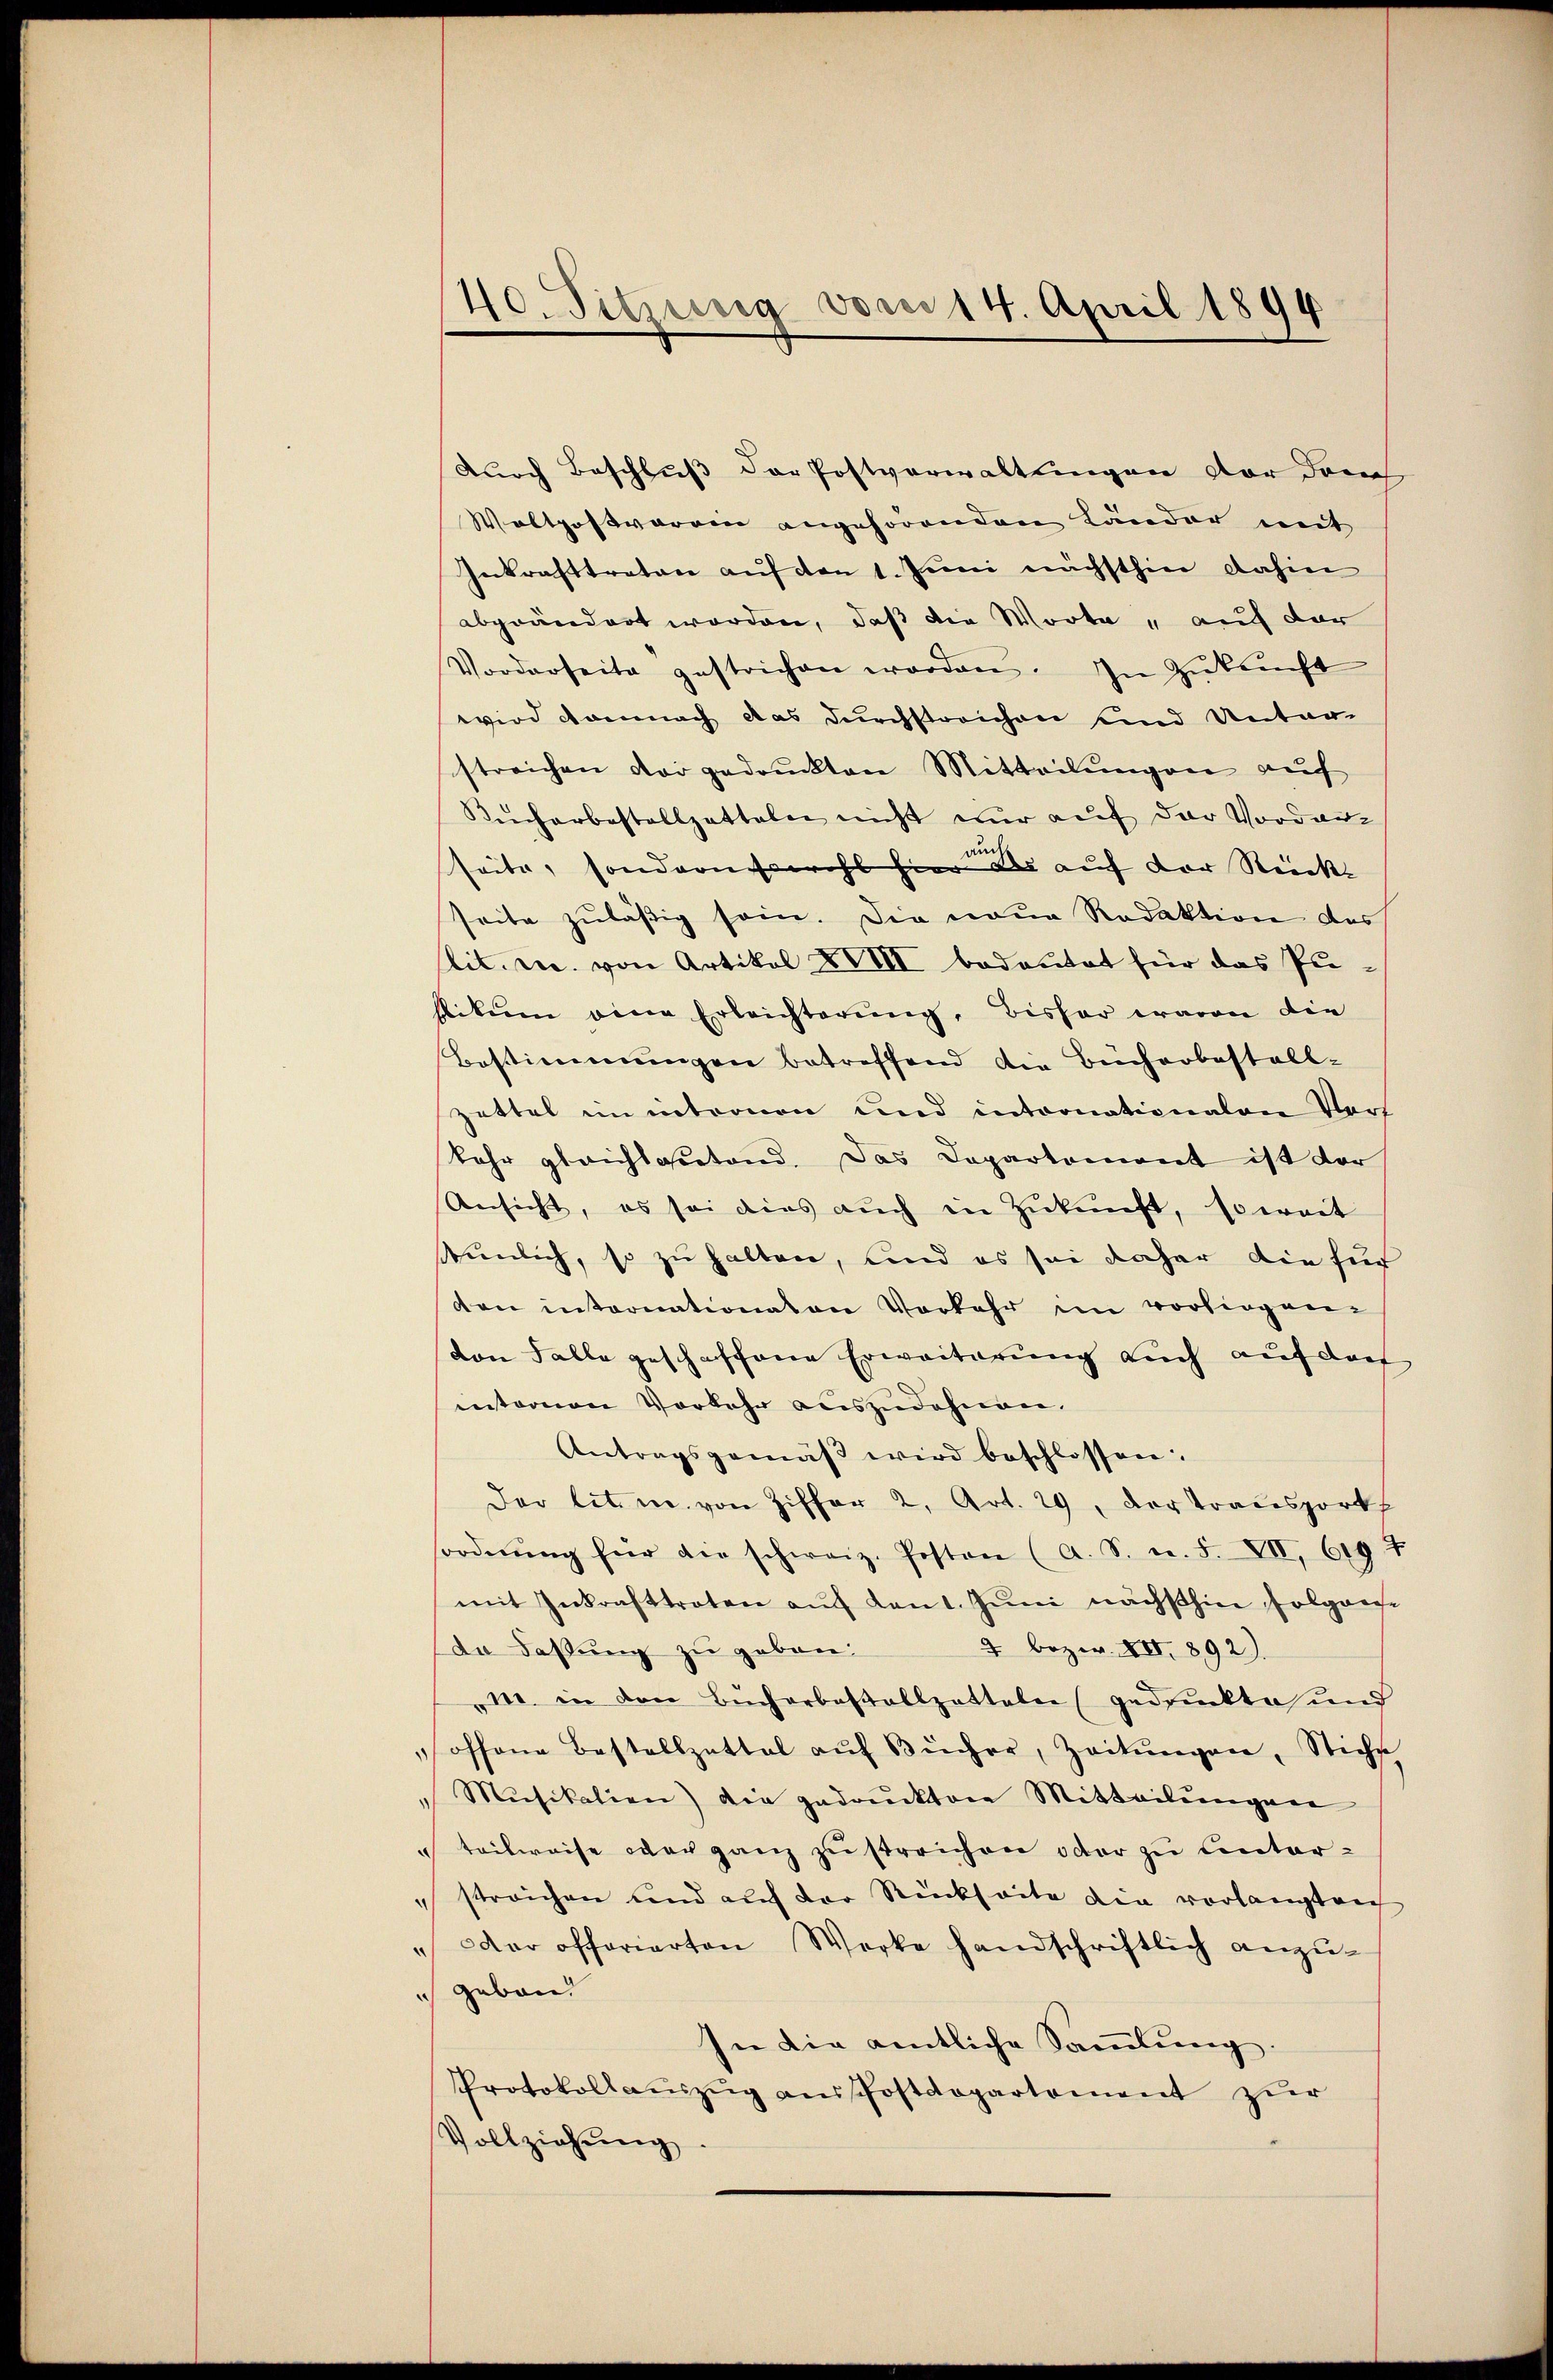
40. Sitzung vom 14. April 1894

Durch Beschluß der Postverwaltungen der drei
Woltpostverein angehörenden Länder mit
Inkrafttreten auf von 1. Juni nächsthier dahin
abgeändert worden, daß die Worte, auf der
Vorderseite gestrichen werden. In Zŭkŭnft
wird damnach das durchstreichen und Unter-
streichen der gedruckten Mitteilŭngen auf
Kiecherbestallzetteln nicht nur auf der Vordam
seite, sondern sowohl hier der auf der Rück
seite zuläßig sein. Die neue Redaktion des
slit. c. von Artikal XVIII bedeutet für das Pu-
stitum eine Erleichterung, bisher waren die
Bestimmungen betreffend die Bücherbestall-
zettel im intronen und intoonationalen Vors
kehr gleichlassetend. Das Departement ist der
Ansicht, es sei dies aŭch in Zŭkŭnft, soweit
tümlich, so zu halten, und es sei daher die für
den internationaten Vorkehr im vorliegen-
von Falle geschaffene Erweiterung auch auf das
internen Vorkehr auszudehnen.
Antragsgemäβ wird beschlossen:
Der lit. m. von Ziffer 2, Art. 29, der Transporks
ordnŭng für die schweiz. Posten (A. S. n. F. VII, 619 f
mit Inkrafttreten auf Kant. Juni nächsthin folgen
2 bezw. XII 892).
da Faßung zu geben.
M. in den Bücherbestallzetteln (gedruckte und
offene Bestallzettel aŭf Bücher, Zeitŭngen, Stiche
Mŭsikation) die gedrucktere Mitteilŭngene
" teilweise war ganz zu streichen oder zu unterstreichen und auf der Rückseite die vorlangten
" Der offerierten Werke handschriftlich anzŭ-
ich geboren
In die amtliche Sammlung.
Protokollauszug ausschostdepartement zur
Vollziehŭng